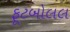
ફૂટબોલલ